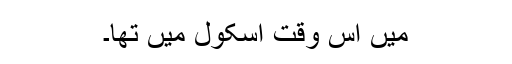
میں اس وقت اسکول میں تھا۔